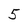
Character: 5